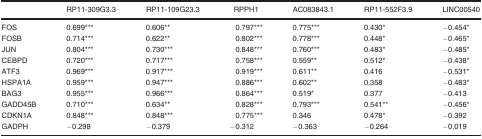
|  | RP11‐309G3.3 | RP11‐109G23.3 | RPPH1 | AC083843.1 | RP11‐552F3.9 | LINC00540 |
 | --- | --- | --- | --- | --- | --- | --- |
 | FOS | 0.699*** | 0.606** | 0.797*** | 0.775*** | 0.430* | −0.454* |
 | FOSB | 0.714*** | 0.622** | 0.802*** | 0.778*** | 0.448* | −0.465* |
 | JUN | 0.804*** | 0.730*** | 0.848*** | 0.760*** | 0.483* | −0.485* |
 | CEBPD | 0.720*** | 0.717*** | 0.758*** | 0.559** | 0.512* | −0.438* |
 | ATF3 | 0.969*** | 0.917*** | 0.919*** | 0.611** | 0.416 | −0.531* |
 | HSPA1A | 0.959*** | 0.947*** | 0.886*** | 0.602** | 0.358 | −0.483* |
 | BAG3 | 0.955*** | 0.966*** | 0.864*** | 0.519* | 0.377 | −0.413 |
 | GADD45B | 0.710*** | 0.634** | 0.828*** | 0.793*** | 0.541** | −0.456* |
 | CDKN1A | 0.848*** | 0.848*** | 0.775*** | 0.346 | 0.478* | −0.392 |
 | GADPH | −0.298 | −0.379 | −0.312 | −0.363 | −0.264 | −0.019 |